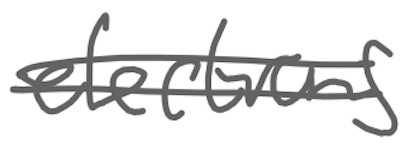
Text: elections
Cross-out: double-line
Writing tool: digital_gray